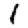
Digit: 1